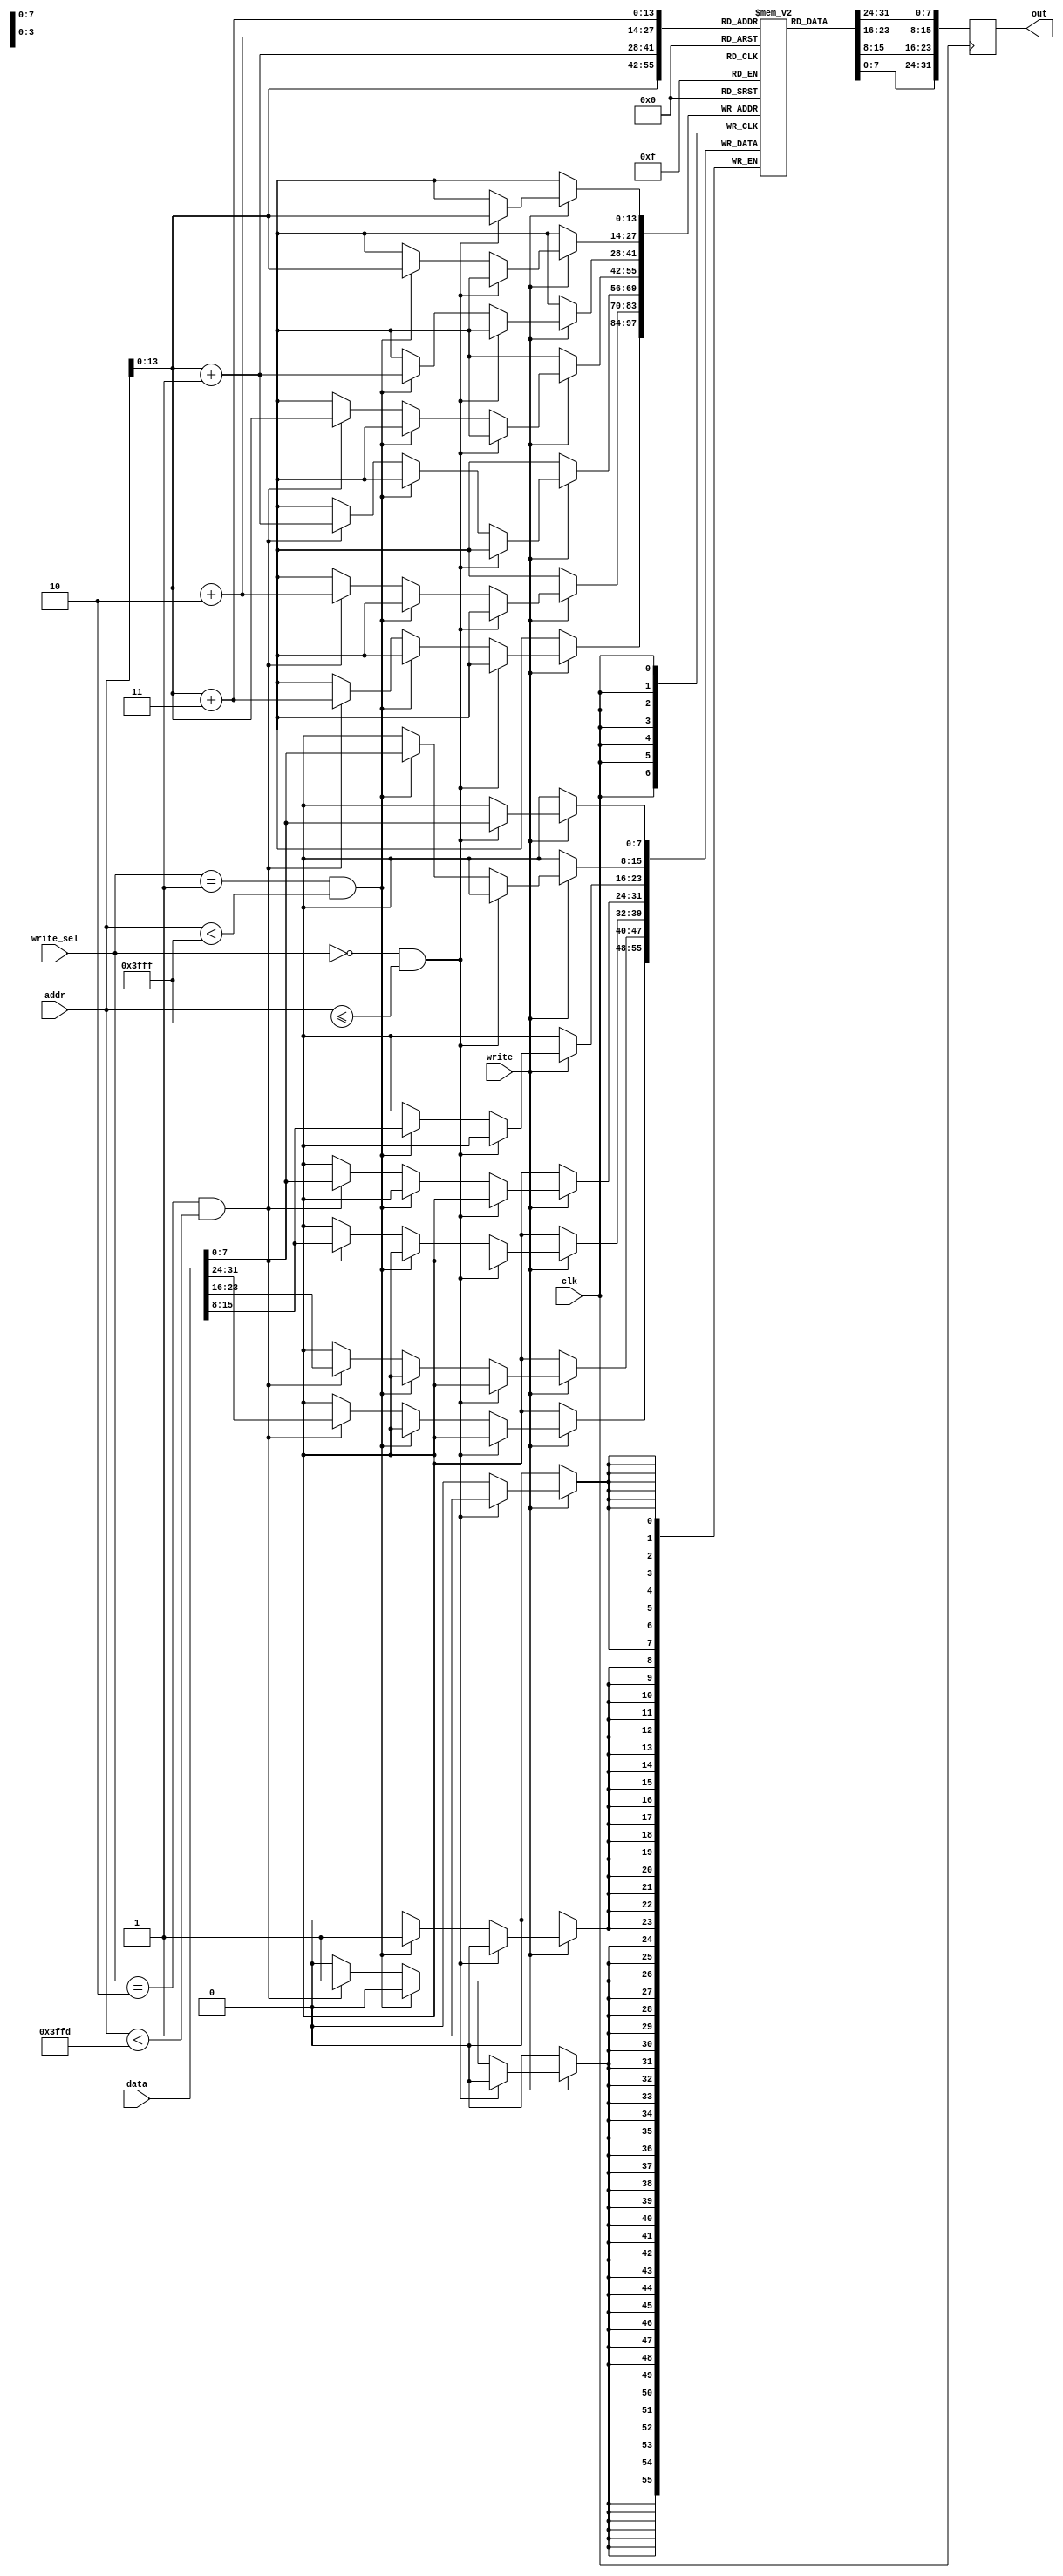

module datamem(clk, addr, data, write_sel, write, out);
	input [31:0] addr;
	input [31:0] data;
	output reg [31:0] out;
	input [2:0] write_sel;
	input clk, write;
	reg [7:0] memory [16383:0];

	integer i;
	
	initial begin
		// Testing code
		// Only dump the first 200 bytes of memory for shorter compile time
		$dumpfile("core.vcd");
		for (i = 0; i < 200; i = i + 1) begin
			memory[i] <= 0;
			$dumpvars(0, memory[i]);
		end
	end

	always @ (posedge clk) begin
		if (write) begin
			if (write_sel == 3'b000 && addr <= 16383) begin
				memory[addr] <= data[7:0];	
			end else if (write_sel == 3'b001 && addr < 16383) begin
				memory[addr] <= data[7:0];
				memory[addr + 1] <= data[15:8];

			end else if (write_sel == 3'b010 && addr < 16383 - 2) begin
				memory[addr] <= data[7:0];
				memory[addr + 1] <= data[15:8];
				memory[addr + 2] <= data[23:16];
				memory[addr + 3] <= data[31:24];
			end
			out <= {memory[addr + 3], memory[addr + 2], memory[addr + 1], memory[addr]};
		end else begin
			out <= {memory[addr + 3], memory[addr + 2], memory[addr + 1], memory[addr]};
		end
	end
endmodule

module datamemSizeSel (dmem_out, sel, out);
	input [31:0] dmem_out;	
	input [2:0] sel; 
	output [31:0] out;
	wire [7:0] lb, lbu;
	wire [15:0] lh, lhu; 
	assign lb = {dmem_out[7:0], 24'b0} >>> 24; 
	assign lh = {dmem_out[15:0], 16'b0} >>> 16;
	assign lbu = dmem_out[7:0];
	assign lhu = dmem_out[15:0]; 
	assign out = sel == 3'b000 ? lb :
		     sel == 3'b001 ? lh :
		     sel == 3'b010 ? dmem_out :
		     sel == 3'b100 ? lbu :
		     sel == 3'b101 ? lhu : dmem_out; 
endmodule